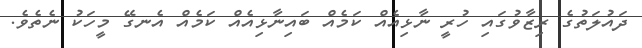
ދައުލަތުގެ ރިޒާވުގައި ހުރީ ނާޅިއެއް ކަމެއް ބައިނާޅިއެއް ކަމެއް އެނގޭ މީހަކު ނެތެވެ.